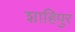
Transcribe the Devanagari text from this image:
शाहिपुर